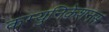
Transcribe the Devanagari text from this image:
कम्युनिकेशनस